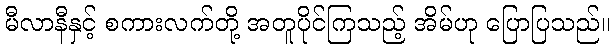
မီလာနီနှင့် စကားလက်တို့ အတူပိုင်ကြသည့် အိမ်ဟု ပြောပြသည်။